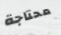
محتاجة